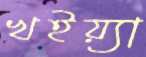
খইয়্যা